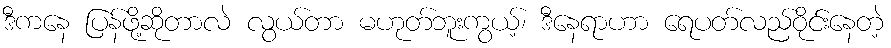
ဒီကနေ ပြန်ဖို့ဆိုတာလဲ လွယ်တာ မဟုတ်ဘူးကွယ့်၊ ဒီနေရာဟာ ရေပတ်လည်ဝိုင်းနေတဲ့